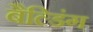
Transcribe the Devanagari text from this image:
बैल्डिंग